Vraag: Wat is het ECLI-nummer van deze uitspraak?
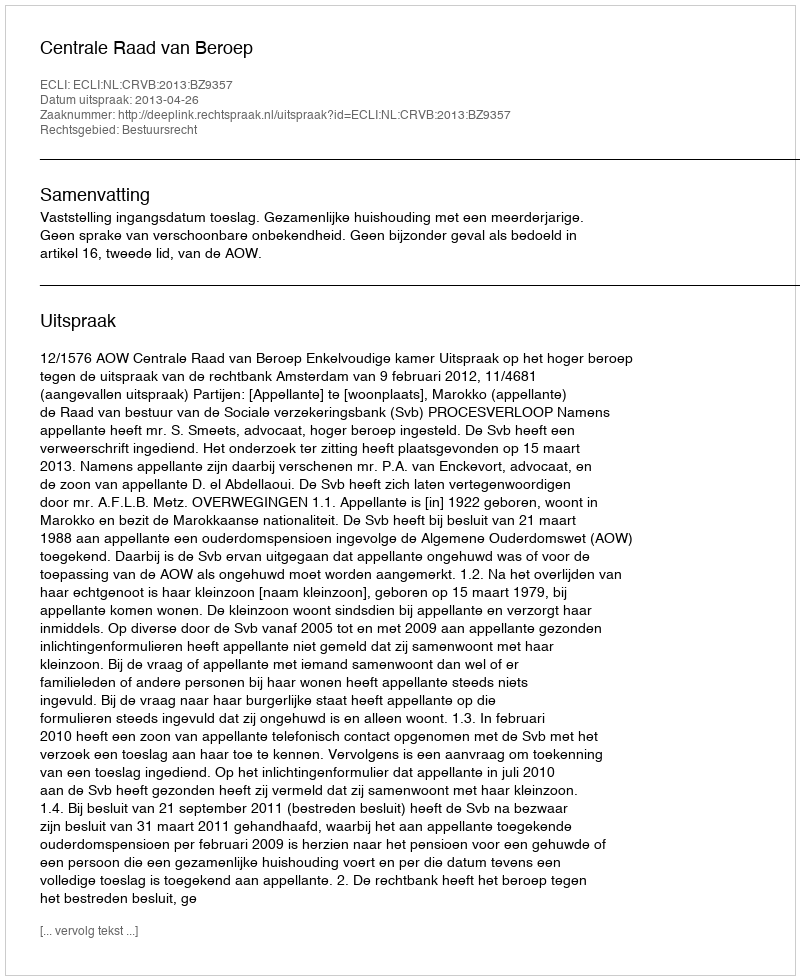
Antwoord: ECLI:NL:CRVB:2013:BZ9357